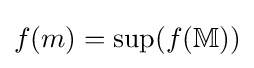
f(m)=\sup(f(\mathbb {M} ))